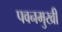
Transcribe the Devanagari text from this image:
पवनमुखी